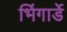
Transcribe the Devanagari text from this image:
भिंगार्डे